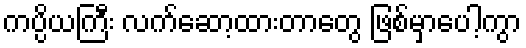
ကပ္ပိယကြီး လက်ဆော့ထားတာတွေ ဖြစ်မှာပေါ့ကွာ